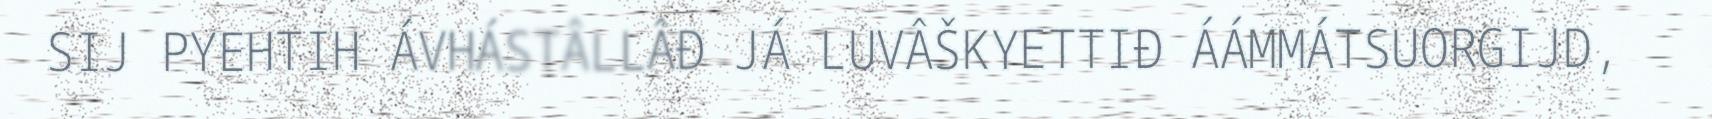
SIJ PYEHTIH ÁVHÁSTÂLLÂĐ JÁ LUVÂŠKYETTIĐ ÁÁMMÁTSUORGIJD,